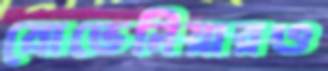
স্লোভেনিয়ারও